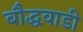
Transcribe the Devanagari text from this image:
बौद्धवाडी